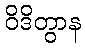
ဝိဒိတွာန